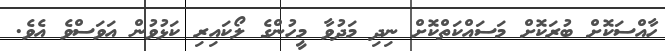
ހާއްސަކޮށް ބުރަކޮށް މަސައްކަތްކޮށް ނިދި މަދުވާ މީހުންގެ ލޯކައިރި ކަޅުވުން އަވަސްވެ އެވެ.